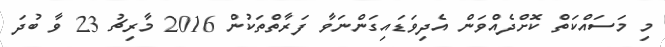
މި މަސައްކަތް ކޮށްދެއްވަން އެދިވަޑައިގަންނަވާ ފަރާތްތަކުން 2016 މާރިޗު 23 ވާ ބުދަ